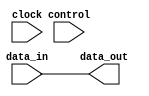
module io_buffer (
input wire data_in,
input wire clock,
input wire control,
output reg data_out
);

assign data_out = data_in;

endmodule